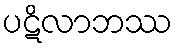
ပဋိလာဘဿ